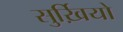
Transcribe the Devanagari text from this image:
सुर्ख़ियो